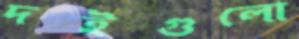
দইগুলো